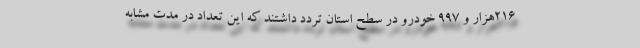
۲۱۶هزار و ۹۹۷ خودرو در سطح استان تردد داشتند که این تعداد در مدت مشابه